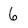
Character: 6